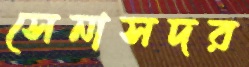
সেনাসদর